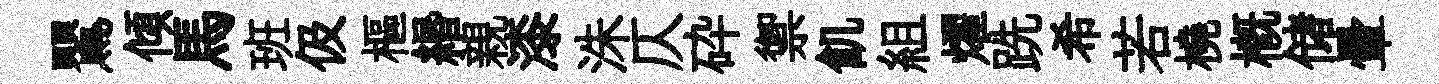
鸎傾馬班伋樞緡親漆洙仄砕禦飢組燿跣希若橈概储暈